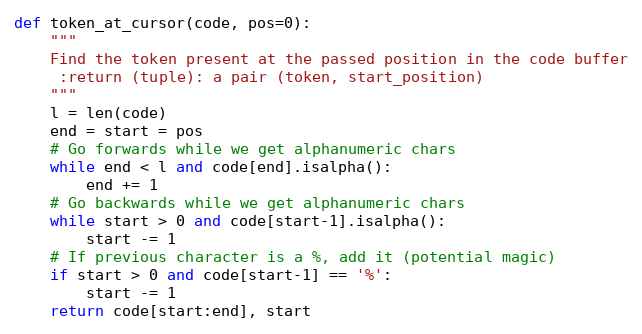
Language: Python
def token_at_cursor(code, pos=0):
    """
    Find the token present at the passed position in the code buffer
     :return (tuple): a pair (token, start_position)
    """
    l = len(code)
    end = start = pos
    # Go forwards while we get alphanumeric chars
    while end < l and code[end].isalpha():
        end += 1
    # Go backwards while we get alphanumeric chars
    while start > 0 and code[start-1].isalpha():
        start -= 1
    # If previous character is a %, add it (potential magic)
    if start > 0 and code[start-1] == '%':
        start -= 1
    return code[start:end], start